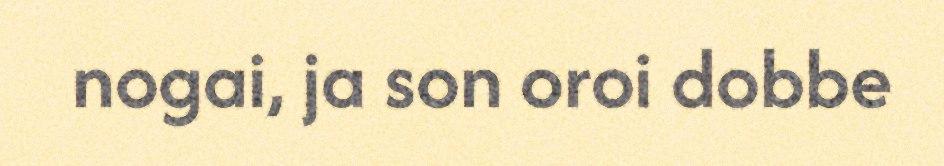
nogai, ja son oroi dobbe